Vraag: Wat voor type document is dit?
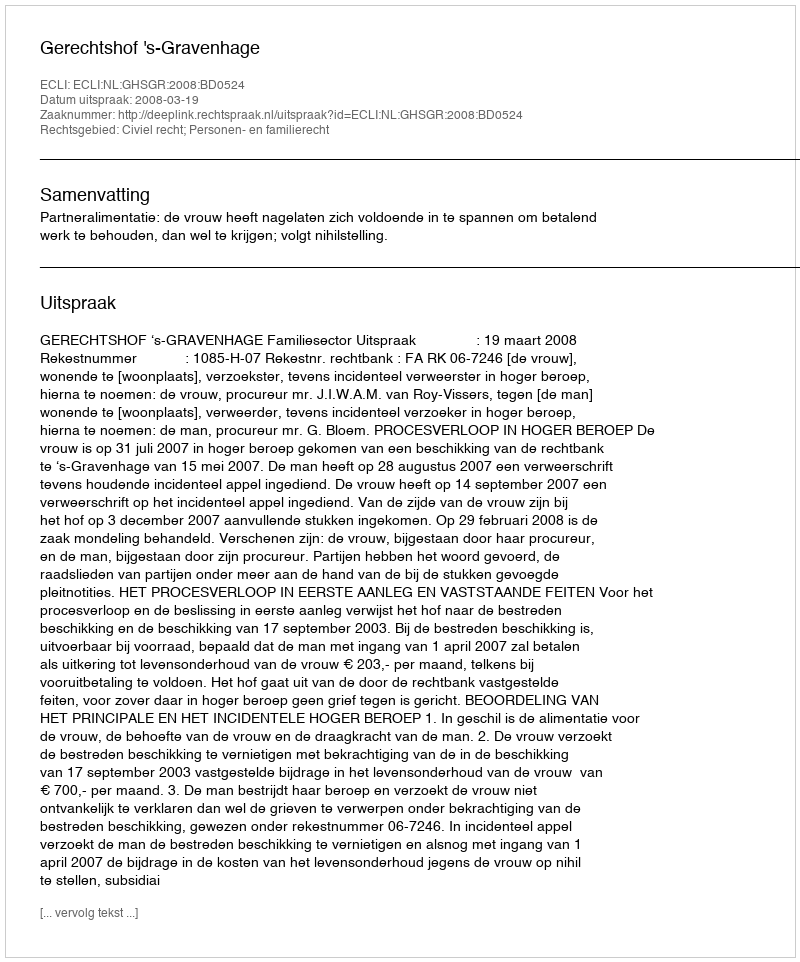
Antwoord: Uitspraak